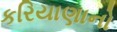
કરિયાણાનો